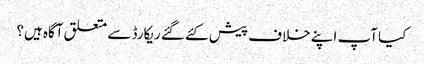
کیا آپ اپنے خلاف پیش کئے گئے ریکارڈ سے متعلق آگاہ ہیں؟